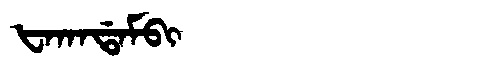
Manchu: ᡶᠠᡴᠠᡩᠠᠮᠪᡳ
Romanization: FAKADAMBI